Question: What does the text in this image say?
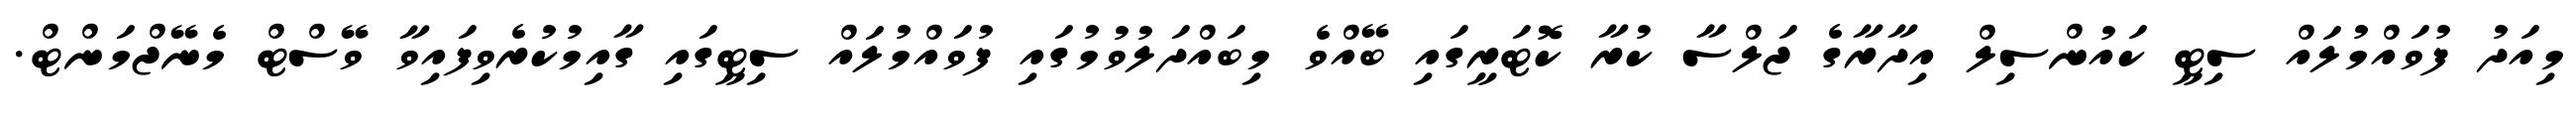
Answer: މިއަދު ފުވައްމުލައް ސިޓީ ކައުންސިލް އިދާރާގެ ޖަލްސާ ކުރާ ކޮޓަރީގައި ބޭއްވެ މިބައްދަލުވުމުގައި ފުވައްމުލައް ސިޓީގައި ގާއިމުކުރެވިފައިވާ ވޭސްޓް މެނޭޖްމަންޓް.